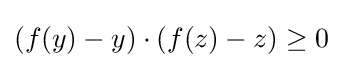
(f(y)-y)\cdot (f(z)-z)\geq 0